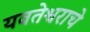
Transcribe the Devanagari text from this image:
यवतेश्वराचे